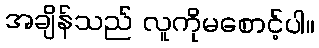
အချိန်သည် လူကိုမစောင့်ပါ။